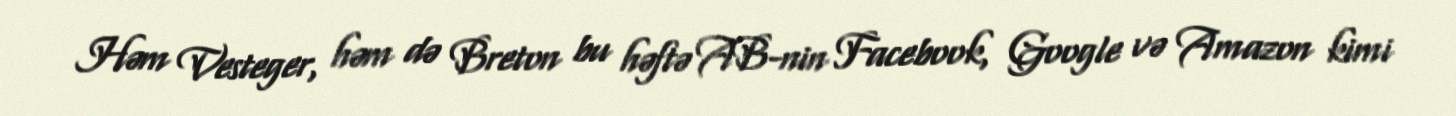
Həm Vesteger, həm də Breton bu həftə AB-nin Facebook, Google və Amazon kimi